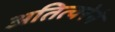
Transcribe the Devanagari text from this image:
अतित्वरेने